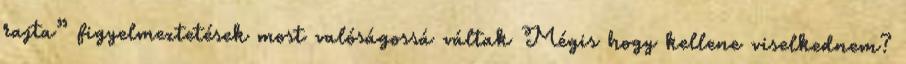
rajta” figyelmeztetések most valóságossá váltak Mégis hogy kellene viselkednem?